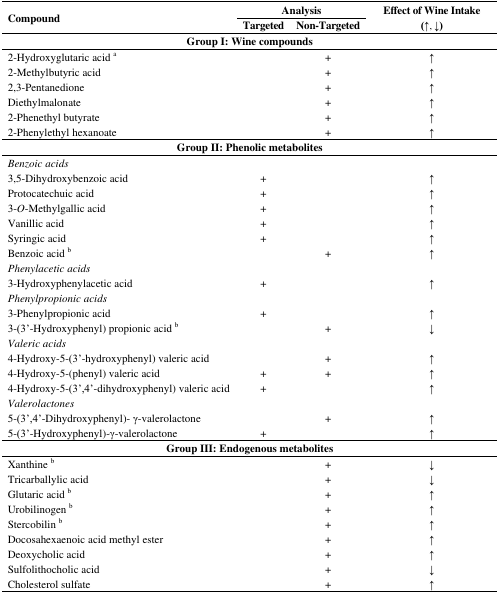
<table><thead><tr><td rowspan="2"><b>Compound</b></td><td colspan="2"><b>Analysis</b></td><td rowspan="2"><b>Effect of Wine Intake (↑, ↓)</b></td></tr><tr><td><b>Targeted</b></td><td><b>Non-Targeted</b></td></tr></thead><tbody><tr><td colspan="4"><b>Group I: Wine compounds</b></td></tr><tr><td>2-Hydroxyglutaric acid <sup>a</sup></td><td></td><td>+</td><td>↑</td></tr><tr><td>2-Methylbutyric acid</td><td></td><td>+</td><td>↑</td></tr><tr><td>2,3-Pentanedione</td><td></td><td>+</td><td>↑</td></tr><tr><td>Diethylmalonate</td><td></td><td>+</td><td>↑</td></tr><tr><td>2-Phenethyl butyrate</td><td></td><td>+</td><td>↑</td></tr><tr><td>2-Phenylethyl hexanoate</td><td></td><td>+</td><td>↑</td></tr><tr><td colspan="4"><b>Group II: Phenolic metabolites</b></td></tr><tr><td><i>Benzoic acids</i></td><td></td><td></td><td></td></tr><tr><td>3,5-Dihydroxybenzoic acid</td><td>+</td><td></td><td>↑</td></tr><tr><td>Protocatechuic acid</td><td>+</td><td></td><td>↑</td></tr><tr><td>3-<i>O</i>-Methylgallic acid</td><td>+</td><td></td><td>↑</td></tr><tr><td>Vanillic acid</td><td>+</td><td></td><td>↑</td></tr><tr><td>Syringic acid</td><td>+</td><td></td><td>↑</td></tr><tr><td>Benzoic acid <sup>b</sup></td><td></td><td>+</td><td>↑</td></tr><tr><td><i>Phenylacetic acids</i></td><td></td><td></td><td></td></tr><tr><td>3-Hydroxyphenylacetic acid</td><td>+</td><td></td><td>↑</td></tr><tr><td><i>Phenylpropionic acids</i></td><td></td><td></td><td></td></tr><tr><td>3-Phenylpropionic acid</td><td>+</td><td></td><td>↑</td></tr><tr><td>3-(3’-Hydroxyphenyl) propionic acid <sup>b</sup></td><td></td><td>+</td><td>↓</td></tr><tr><td><i>Valeric acids</i></td><td></td><td></td><td></td></tr><tr><td>4-Hydroxy-5-(3’-hydroxyphenyl) valeric acid</td><td></td><td>+</td><td>↑</td></tr><tr><td>4-Hydroxy-5-(phenyl) valeric acid</td><td>+</td><td>+</td><td>↑</td></tr><tr><td>4-Hydroxy-5-(3’,4’-dihydroxyphenyl) valeric acid</td><td>+</td><td></td><td>↑</td></tr><tr><td><i>Valerolactones</i></td><td></td><td></td><td></td></tr><tr><td>5-(3’,4’-Dihydroxyphenyl)- γ-valerolactone</td><td></td><td>+</td><td>↑</td></tr><tr><td>5-(3’-Hydroxyphenyl)-γ-valerolactone</td><td>+</td><td></td><td>↑</td></tr><tr><td colspan="4"><b>Group III: Endogenous metabolites</b></td></tr><tr><td>Xanthine <sup>b</sup></td><td></td><td>+</td><td>↓</td></tr><tr><td>Tricarballylic acid</td><td></td><td>+</td><td>↓</td></tr><tr><td>Glutaric acid <sup>b</sup></td><td></td><td>+</td><td>↑</td></tr><tr><td>Urobilinogen <sup>b</sup></td><td></td><td>+</td><td>↑</td></tr><tr><td>Stercobilin <sup>b</sup></td><td></td><td>+</td><td>↑</td></tr><tr><td>Docosahexaenoic acid methyl ester</td><td></td><td>+</td><td>↑</td></tr><tr><td>Deoxycholic acid</td><td></td><td>+</td><td>↑</td></tr><tr><td>Sulfolithocholic acid</td><td></td><td>+</td><td>↓</td></tr><tr><td>Cholesterol sulfate</td><td></td><td>+</td><td>↑</td></tr></tbody></table>